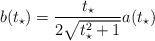
LaTeX: \begin{align*}b(t_{\star})=\frac{t_{\star}}{2\sqrt{t_{\star}^{2}+1}}a(t_{\star})\end{align*}